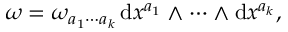
\begin{array} { r } { \omega = \omega _ { a _ { 1 } \cdots a _ { k } } \, \mathrm { d } x ^ { a _ { 1 } } \wedge \cdots \wedge \mathrm { d } x ^ { a _ { k } } , } \end{array}